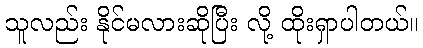
သူလည်း နိုင်မလားဆိုပြီး လို့ ထိုးရှာပါတယ်။